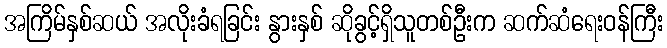
အကြိမ်နှစ်ဆယ် အလိုးခံရခြင်း နွားနှစ် ဆိုခွင့်ရှိသူတစ်ဦးက ဆက်ဆံရေးဝန်ကြီး